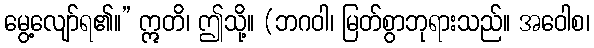
မွေ့လျော်ရ၏။” ဣတိ၊ ဤသို့။ (ဘဂဝါ၊ မြတ်စွာဘုရားသည်။ အဝေါစ၊